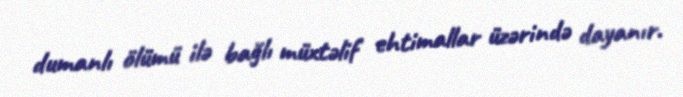
dumanlı ölümü ilə bağlı müxtəlif ehtimallar üzərində dayanır.